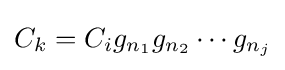
C_{k}=C_{i}g_{n_{1}}g_{n_{2}}\cdots g_{n_{j}}